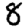
Digit: 8